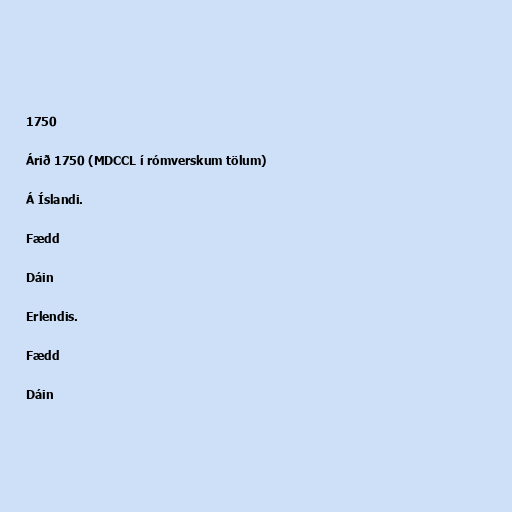
1750

Árið 1750 (MDCCL í rómverskum tölum)

Á Íslandi.

Fædd

Dáin

Erlendis.

Fædd

Dáin